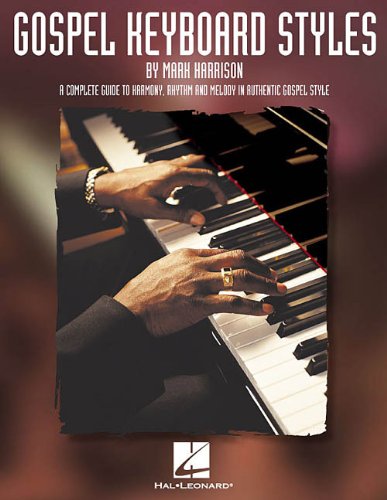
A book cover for Gospel Keyboard Styles: A Complete Guide to Harmony, Rhythm and Melody in Authentic Gospel Style (Harrison Music Education Systems); Christian Books & Bibles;